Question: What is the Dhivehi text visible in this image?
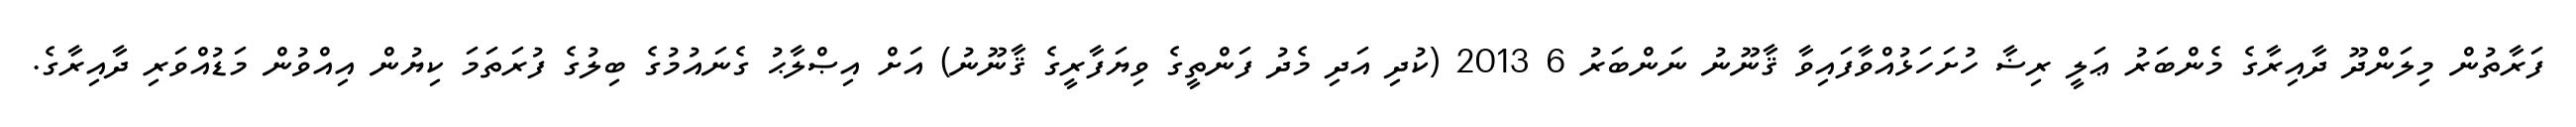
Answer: ފަރާތުން މިލަންދޫ ދާއިރާގެ މެންބަރު ޢަލީ ރިޟާ ހުށަހަޅުއްވާފައިވާ ޤާނޫނު ނަންބަރު 6 2013 (ކުދި އަދި މެދު ފަންތީގެ ވިޔަފާރީގެ ޤާނޫނު) އަށް އިޞްލާޙު ގެނައުމުގެ ބިލުގެ ފުރަތަމަ ކިޔުން އިއްވުން މަޑުއްވަރި ދާއިރާގެ.